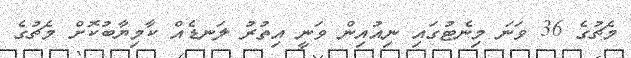
މެޗުގެ 36 ވަނަ މިނެޓުގައި ނިއުއިން ވަނީ އިތުރު ލަނޑެއް ކާމިޔާބުކޮށް މެޗުގެ